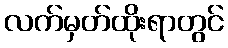
လက်မှတ်ထိုးရာတွင်